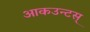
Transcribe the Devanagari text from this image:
आकउन्टस्